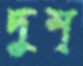
দুশ্